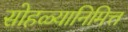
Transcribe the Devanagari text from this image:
सोहळ्यानिमित्त